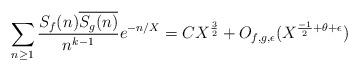
LaTeX: \begin{align*} \sum_{n \geq 1} \frac{S_f(n)\overline{S_g(n)}}{n^{k-1}} e^{-n/X} = C X^{\frac{3}{2}} + O_{f,g,\epsilon}(X^{\frac{-1}{2}+\theta+\epsilon})\end{align*}